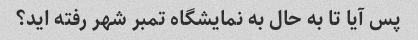
پس آیا تا به حال به نمایشگاه تمبر شهر رفته اید؟